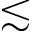
\lesssim